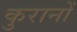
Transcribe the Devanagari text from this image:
कुरानों